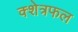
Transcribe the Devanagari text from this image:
क्शेत्रफल